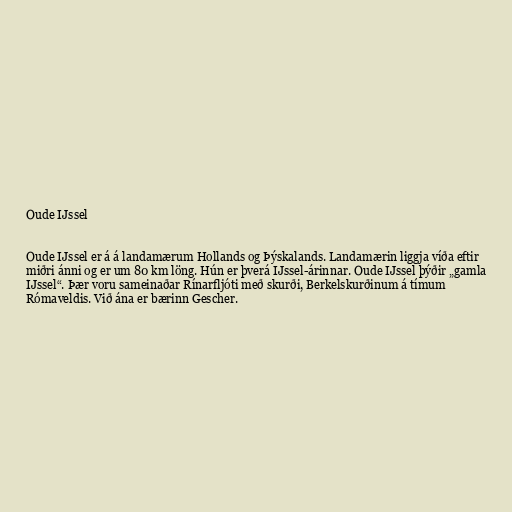
Oude IJssel

Oude IJssel er á á landamærum Hollands og Þýskalands. Landamærin liggja víða eftir
miðri ánni og er um 80 km löng. Hún er þverá IJssel-árinnar. Oude IJssel þýðir „gamla
IJssel“. Þær voru sameinaðar Rínarfljóti með skurði, Berkelskurðinum á tímum
Rómaveldis. Við ána er bærinn Gescher.